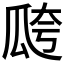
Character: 𤫸